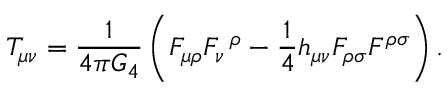
T _ { \mu \nu } = \frac { 1 } { 4 \pi G _ { 4 } } \left( F _ { \mu \rho } F _ { \nu } \, ^ { \rho } - \frac { 1 } { 4 } h _ { \mu \nu } F _ { \rho \sigma } F ^ { \rho \sigma } \right) .